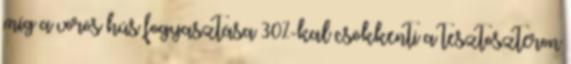
míg a vörös hús fogyasztása 30%-kal csökkenti a tesztoszteron